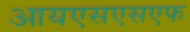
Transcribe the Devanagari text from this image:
आयएसएसएफ